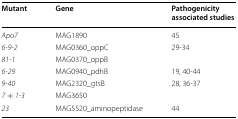
<table><thead><tr><td><b>Mutant</b></td><td><b>Gene</b></td><td><b>Pathogenicity associated studies</b></td></tr></thead><tbody><tr><td><i>Apo7</i></td><td>MAG1890</td><td>45</td></tr><tr><td><i>6-9-2</i></td><td>MAG0360_oppC</td><td rowspan="2">29-34</td></tr><tr><td><i>81-1</i></td><td>MAG0370_oppB</td></tr><tr><td><i>6-29</i></td><td>MAG0940_pdhB</td><td>19, 40-44</td></tr><tr><td><i>9-40</i></td><td>MAG2320_gtsB</td><td>28, 36-37</td></tr><tr><td><i>7</i> <i>+</i> <i>1-3</i></td><td>MAG3650</td><td></td></tr><tr><td><i>23</i></td><td>MAG5520_aminopeptidase</td><td>44</td></tr></tbody></table>